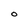
Character: O